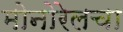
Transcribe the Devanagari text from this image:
मोनोरेलचा